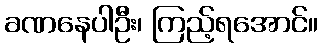
ခဏနေပါဦး၊ ကြည့်ရအောင်။